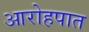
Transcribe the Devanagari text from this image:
आरोहपात